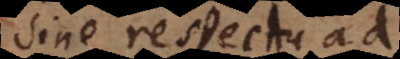
sine respectu ad